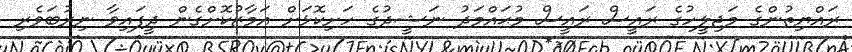
ރައްޔިތުންގެ މަޖިލީހުގެ ރައީސް ރައީސް މުޙައްމަދު ނަޝީދުގެ ހަށިކޮޅަށް އަމާޒުކޮށްގެން ދީފައިވާ ނިރުބަވެރި